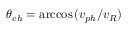
\theta _ { c h } = \operatorname { a r c c o s } { ( v _ { p h } / v _ { R } ) }